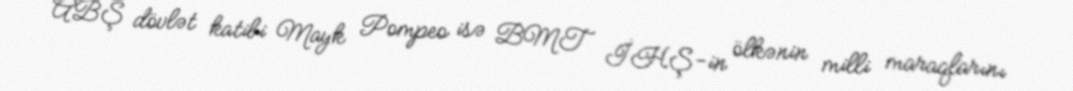
ABŞ dövlət katibi Mayk Pompeo isə BMT İHŞ-in ölkənin milli maraqlarını